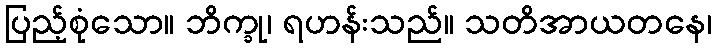
ပြည့်စုံသော။ ဘိက္ခု၊ ရဟန်းသည်။ သတိအာယတနေ၊